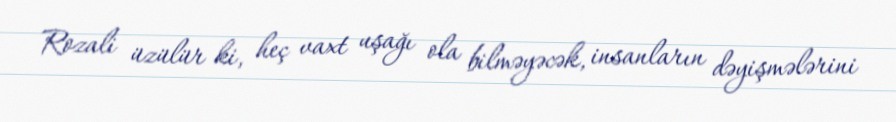
Rozali üzülür ki, heç vaxt uşağı ola bilməyəcək, insanların dəyişmələrini